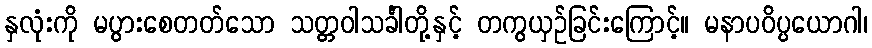
နှလုံးကို မပွားစေတတ်သော သတ္တဝါသင်္ခါတို့နှင့် တကွယှဉ်ခြင်းကြောင့်။ မနာပဝိပ္ပယောဂါ၊